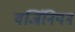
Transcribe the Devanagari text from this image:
वर्जिनियन